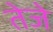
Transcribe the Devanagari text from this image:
तेजे